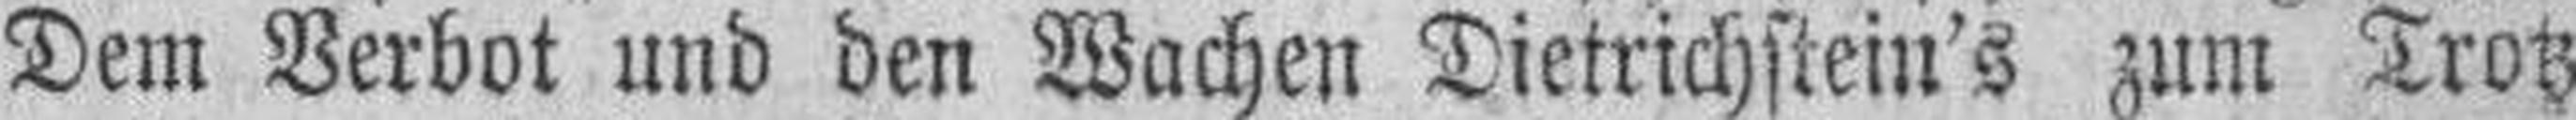
Dem Verbot und den Wachen Dietrichstein's zum Trotz